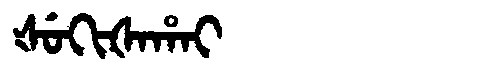
Manchu: ᡧᡠᡴᡳᡧᠠᡥᠠᡳ
Romanization: ŠUKIŠAHAI